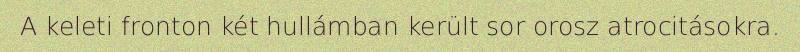
A keleti fronton két hullámban került sor orosz atrocitásokra.